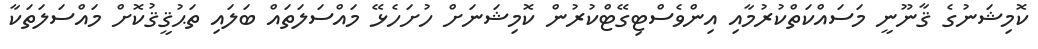
ކޮމިޝަނުގެ ޤާނޫނީ މަސައްކަތްކުރުމާއި އިންވެސްޓިގޭޓްކުރުން ކޮމިޝަނަށް ހުށަހެޅޭ މައްސަލަތައް ބަލައި ތަޙުޤީޤުކޮށް މައްސަލަތަކާ